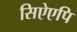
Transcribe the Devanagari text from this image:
सिऐएपि